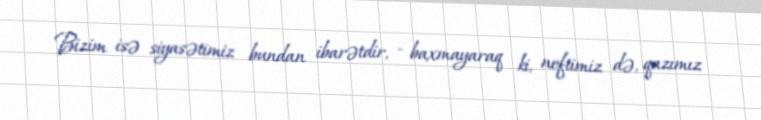
Bizim isə siyasətimiz bundan ibarətdir, - baxmayaraq ki, neftimiz də, qazımız